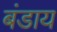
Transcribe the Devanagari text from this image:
बंडाय